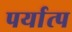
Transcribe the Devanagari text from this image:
पर्यात्प